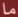
ما